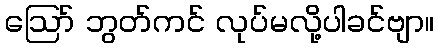
ဩော် ဘွတ်ကင် လုပ်မလို့ပါခင်ဗျာ။